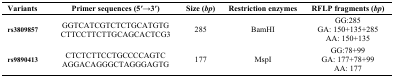
| Variants | Primer sequences (5′→3′) | Size (bp) | Restriction enzymes | RFLP fragments (bp) |
 | --- | --- | --- | --- | --- |
 | <ROWSPAN=3> rs3809857 | <ROWSPAN=3> GGTCATCGTCTCTGCATGTGCTTCCTTCTTGCAGCACTCG3 | <ROWSPAN=3> 285 | <ROWSPAN=3> BamHI | GG:285 |
 | GA: 150+135+285 |
 | AA: 150+135 |
 | <ROWSPAN=3> rs9890413 | <ROWSPAN=3> CTCTCTTCCTGCCCCAGTCAGGACAGGGCTAGGGAGTG | <ROWSPAN=3> 177 | <ROWSPAN=3> MspI | GG:78+99 |
 | GA: 177+78+99 |
 | AA: 177 |